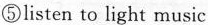
⑤listen to light music